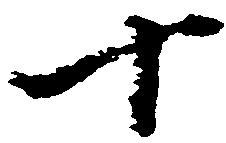
十